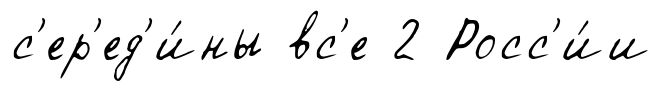
с'ер'ед'и́ны вс'е 2 Росс'и́и